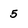
Character: 5